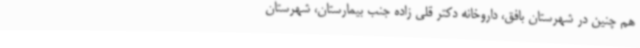
هم چنین در شهرستان بافق، داروخانه دکتر قلی زاده جنب بیمارستان، شهرستان